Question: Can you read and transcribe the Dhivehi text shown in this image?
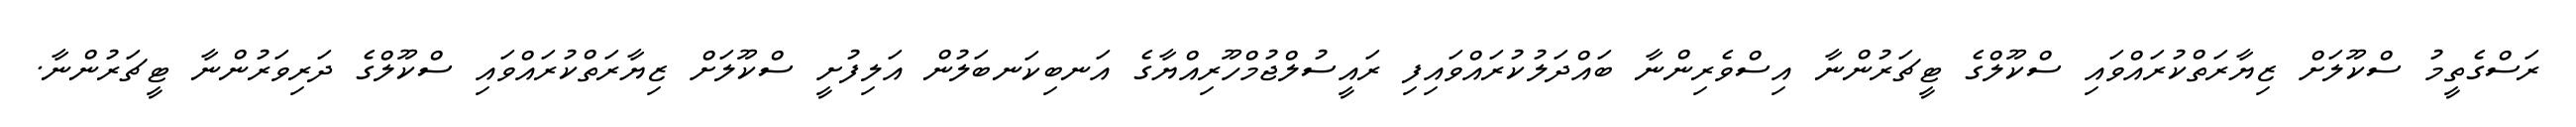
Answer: ރަސްގެތީމު ސްކޫލަށް ޒިޔާރަތްކުރައްވައި ސްކޫލްގެ ޓީޗަރުންނާ އިސްވެރިންނާ ބައްދަލުކުރައްވައިފި ރައީސުލްޖުމްހޫރިއްޔާގެ އަނބިކަނބަލުން އަލިފުށީ ސްކޫލަށް ޒިޔާރަތްކުރައްވައި ސްކޫލްގެ ދަރިވަރުންނާ ޓީޗަރުންނާ.